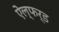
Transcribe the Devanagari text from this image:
ऐल्फर्ड